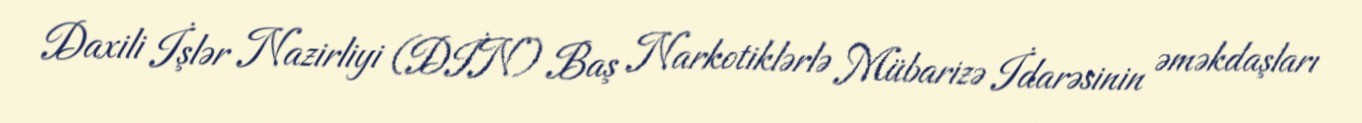
Daxili İşlər Nazirliyi (DİN) Baş Narkotiklərlə Mübarizə İdarəsinin əməkdaşları